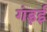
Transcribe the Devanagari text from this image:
गंड़ई